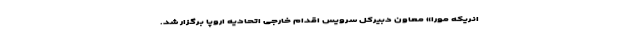
انریکه مورا» معاون دبیرکل سرویس اقدام خارجی اتحادیه اروپا برگزار شد.